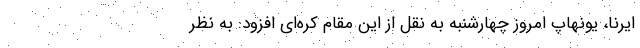
ایرنا، یونهاپ امروز چهارشنبه به نقل از این مقام کره‌ای افزود: به نظر